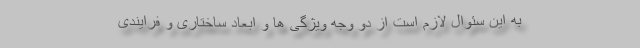
به این سئوال لازم است از دو وجه ویژگی ها و ابعاد ساختاری و فرایندی